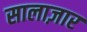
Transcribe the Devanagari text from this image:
सालाज़ार